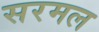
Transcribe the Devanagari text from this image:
सरमल